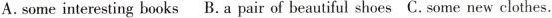
A.some interesting books B.A pair of beautiful shoes C. Some new clothes.